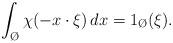
LaTeX: \begin{align*}\int_{\O}\chi(-x\cdot \xi)\, dx = 1_{\O}(\xi).\end{align*}